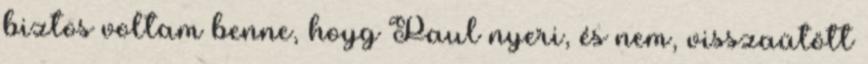
biztos voltam benne, hoyg Paul nyeri, és nem, visszaütött